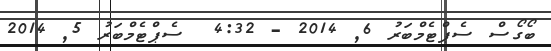
ބޯގޯސް ސެޕްޓެމްބަރު 6